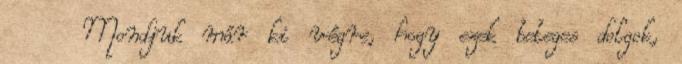
Mondjuk már ki végre, hogy ezek beteges dolgok,